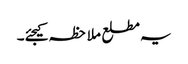
یہ مطلع ملاحظہ کیجئے۔